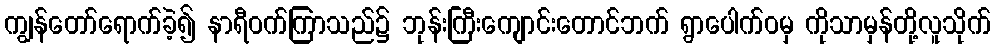
ကျွန်တော်ရောက်ခဲ့၍ နာရီဝက်ကြာသည်၌ ဘုန်းကြီးကျောင်းတောင်ဘက် ရွာပေါက်ဝမှ ကိုသာမှန်တို့လူသိုက်